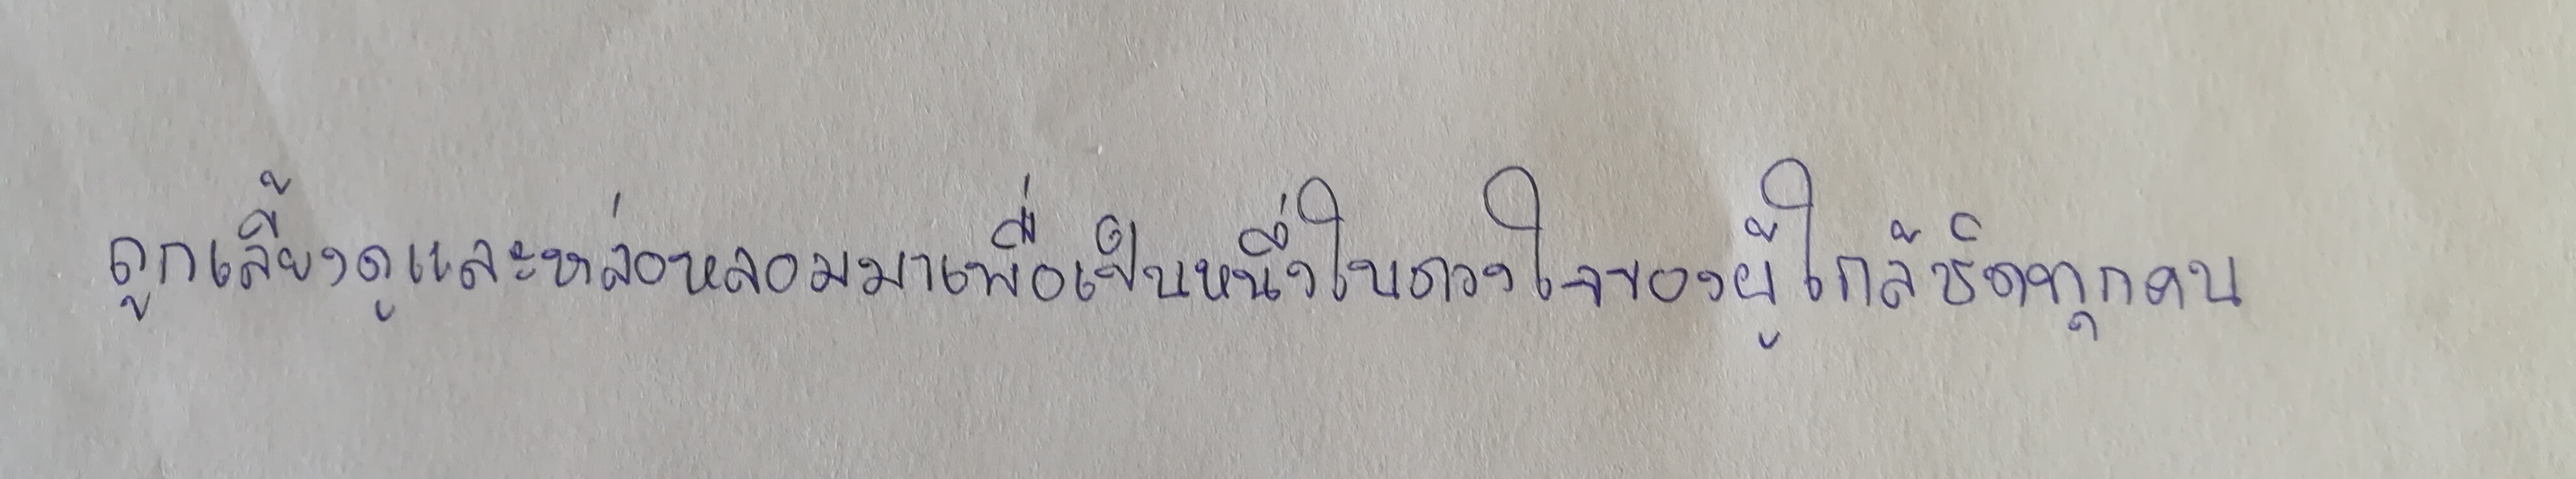
ถูกเลี้ยงดูและหล่อหลอมมาเพื่อเป็นหนึ่งในดวงใจของผู้ใกล้ชิดทุกคน